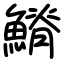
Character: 𩺀